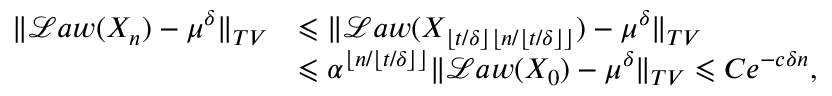
\begin{array} { r l } { \| \mathcal L a w ( X _ { n } ) - \mu ^ { \delta } \| _ { T V } } & { \leqslant \| \mathcal L a w ( X _ { \lfloor t / \delta \rfloor \lfloor n / \lfloor t / \delta \rfloor \rfloor } ) - \mu ^ { \delta } \| _ { T V } } \\ & { \leqslant \alpha ^ { \lfloor n / \lfloor t / \delta \rfloor \rfloor } \| \mathcal L a w ( X _ { 0 } ) - \mu ^ { \delta } \| _ { T V } \leqslant C e ^ { - c \delta n } , } \end{array}